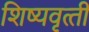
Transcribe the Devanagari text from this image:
शिष्‍यवृत्‍ती